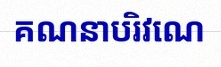
គណនាបរិវេណ